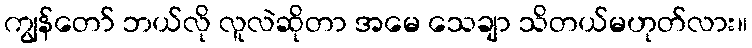
ကျွန်တော် ဘယ်လို လူလဲဆိုတာ အမေ သေချာ သိတယ်မဟုတ်လား။